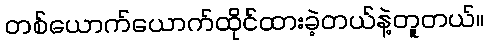
တစ်ယောက်ယောက်ထိုင်ထားခဲ့တယ်နဲ့တူတယ်။